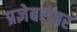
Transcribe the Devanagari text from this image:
प्रज्ञेबरोबर